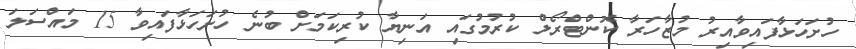
ހުށަހަޅާފައިވާއިރު މުޒާހަރާ ކޮންޓްރޯލް ކުރުމުގައި އަނިޔާ ކުރިކަމަށް ބުނެ ހުށަހަޅާފައިވާ 15 މައްސަލަ